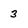
Character: 3